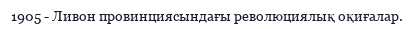
1905 - Ливон провинциясындағы революциялық оқиғалар.